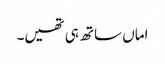
اماں ساتھ ہی تھیں۔